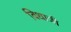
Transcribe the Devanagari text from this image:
विधात्री